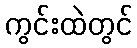
ကွင်းထဲတွင်